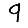
Digit: 9